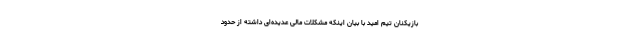
بازیکنان تیم امید با بیان اینکه مشکلات مالی عدیده‌ای داشته از حدود